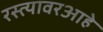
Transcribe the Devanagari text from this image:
रस्त्यावरआहे